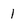
Character: 1